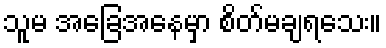
သူမ အခြေအနေမှာ စိတ်မချရသေး။